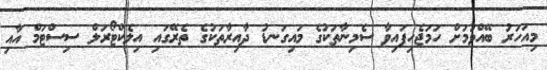
މިއަހަރު ބޭއްވުމަށް ހަމަޖެހިފައިވާ ސެމިނާތަކުގެ މައިގަނޑު ދާއިރާތަކުގެ ތެރޭގައި އިލެކްޓޯރަލް ސިސްޓަމް އާއި